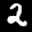
Label: 2